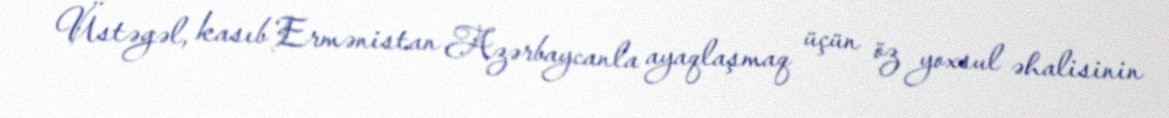
Üstəgəl, kasıb Ermənistan Azərbaycanla ayaqlaşmaq üçün öz yoxsul əhalisinin